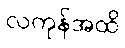
လကုန်အထိ